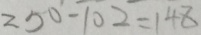
2 5 0 - 1 0 2 = 1 4 8